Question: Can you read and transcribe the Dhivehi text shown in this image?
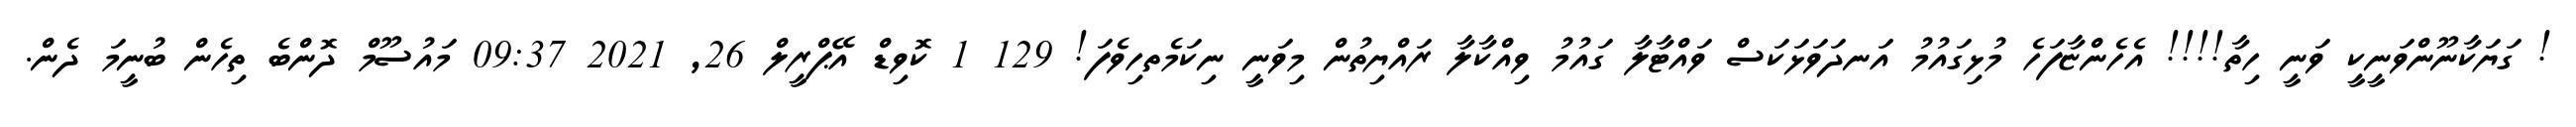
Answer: ! ގަޔަކާނޫންވަނީކީ ވަނީ ހިތާ!!!! އެހެންޏާފަހެ މުޅިގައުމު އަނދަވަޅަކަސް ވައްޓާލާ ގައުމު ވިއްކާލާ ރައްޔިތުން މިވަނީ ނިކަމެތހިވެފަ! 129 1 ކޮވިޑް އޭޕްރީލް 26, 2021 09:37 މައުސޫމް ދޮންބެ ތިހެން ބުނީމަ ދެން.